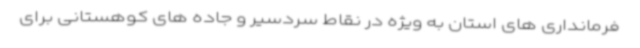
فرمانداری های استان به ویژه در نقاط سردسیر و جاده های کوهستانی برای